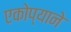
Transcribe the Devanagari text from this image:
एकोप्याने